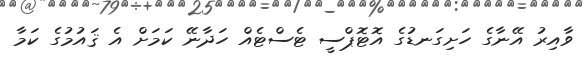
ވާއިރު އޭނާގެ ހަށިގަނޑުގެ އޮޓޮޕްސީ ޓެސްޓެއް ހަދާނޭ ކަމަށް އެ ޤައުމުގެ ކަމާ